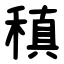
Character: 稹